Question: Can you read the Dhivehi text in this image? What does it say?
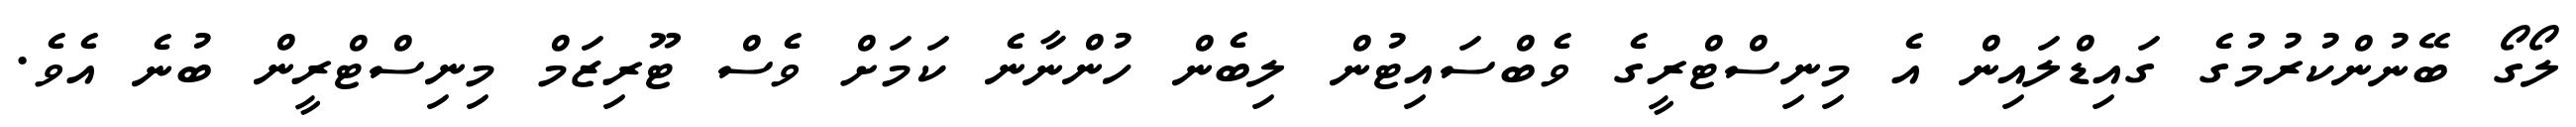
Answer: ލޯގޯ ބޭނުންކުރުމުގެ ގައިޑްލައިން އެ މިނިސްޓްރީގެ ވެބްސައިޓުން ލިބެން ހުންނާނެ ކަމަށް ވެސް ޓޫރިޒަމް މިނިސްޓްރީން ބުނެ އެވެ.